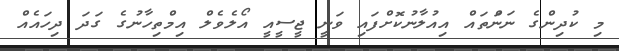
މި ކުދިންގެ ނަންަތައް އިއުލާނުކޮށްފައި ވަނީ ޖީސީއީ އޯލެވެލް އިމްތިހާނުގެ ގަދަ ދިހައެއް